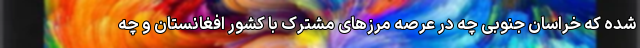
شده که خراسان جنوبی چه در عرصه مرزهای مشترک با کشور افغانستان و چه